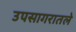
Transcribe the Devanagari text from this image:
उपसागरातले